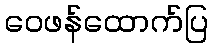
ဝေဖန်ထောက်ပြ